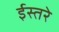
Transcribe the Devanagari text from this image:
ईस्तरे